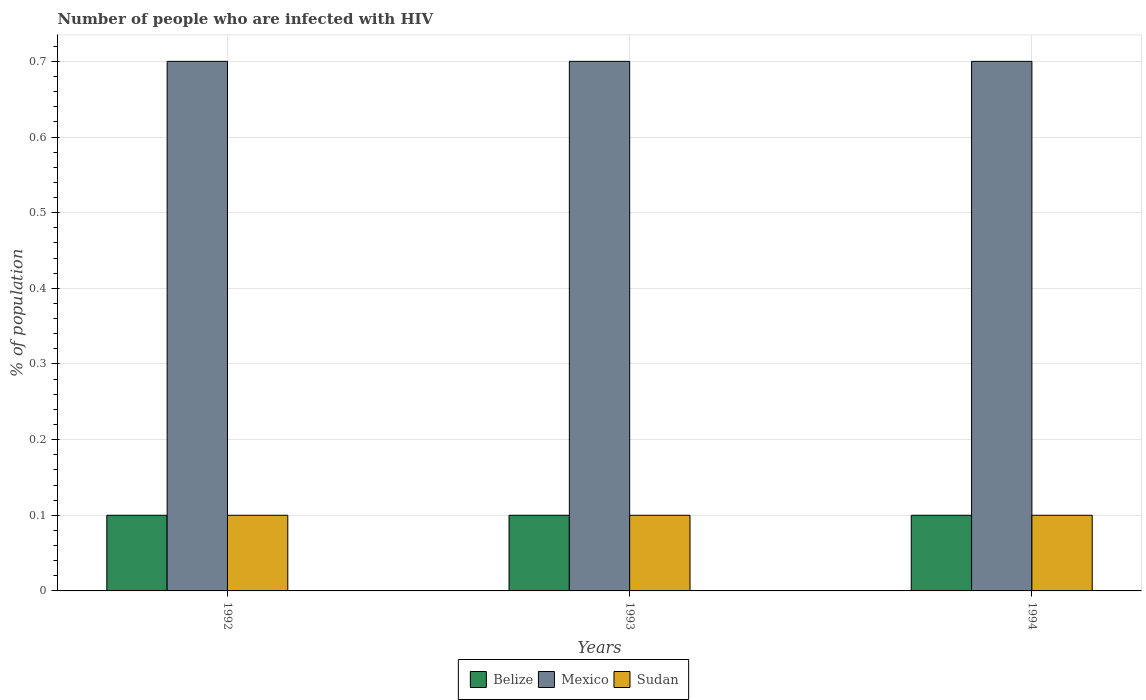
| Years | Belize | Mexico | Sudan |
 | --- | --- | --- | --- |
 | 1992 | 0.1 | 0.7 | 0.1 |
 | 1993 | 0.1 | 0.7 | 0.1 |
 | 1994 | 0.1 | 0.7 | 0.1 |